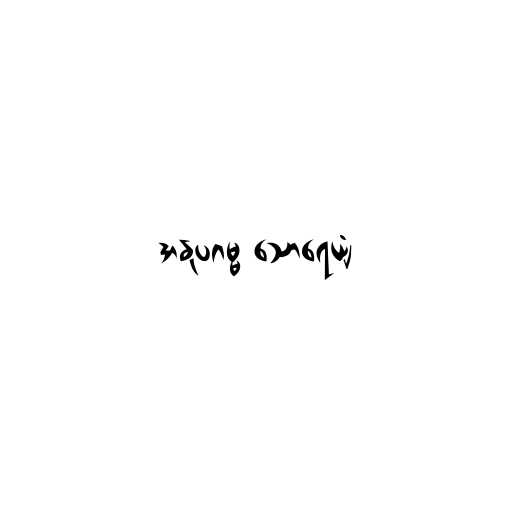
အနုပဂမ္မ သောရေယျံ